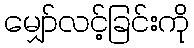
မျှော်လင့်ခြင်းကို